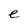
Character: e